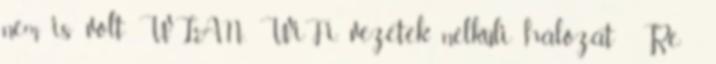
nem is volt WLAN, WiFi, vezeték nélküli hálózat Re: